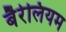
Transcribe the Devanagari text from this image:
बैरेलियम